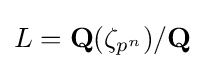
L=\mathbf {Q} (\zeta _{p^{n}})/\mathbf {Q}